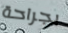
بجراحة